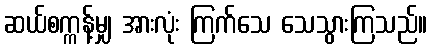
ဆယ်စက္ကန့်မျှ အားလုံး ကြက်သေ သေသွားကြသည်။